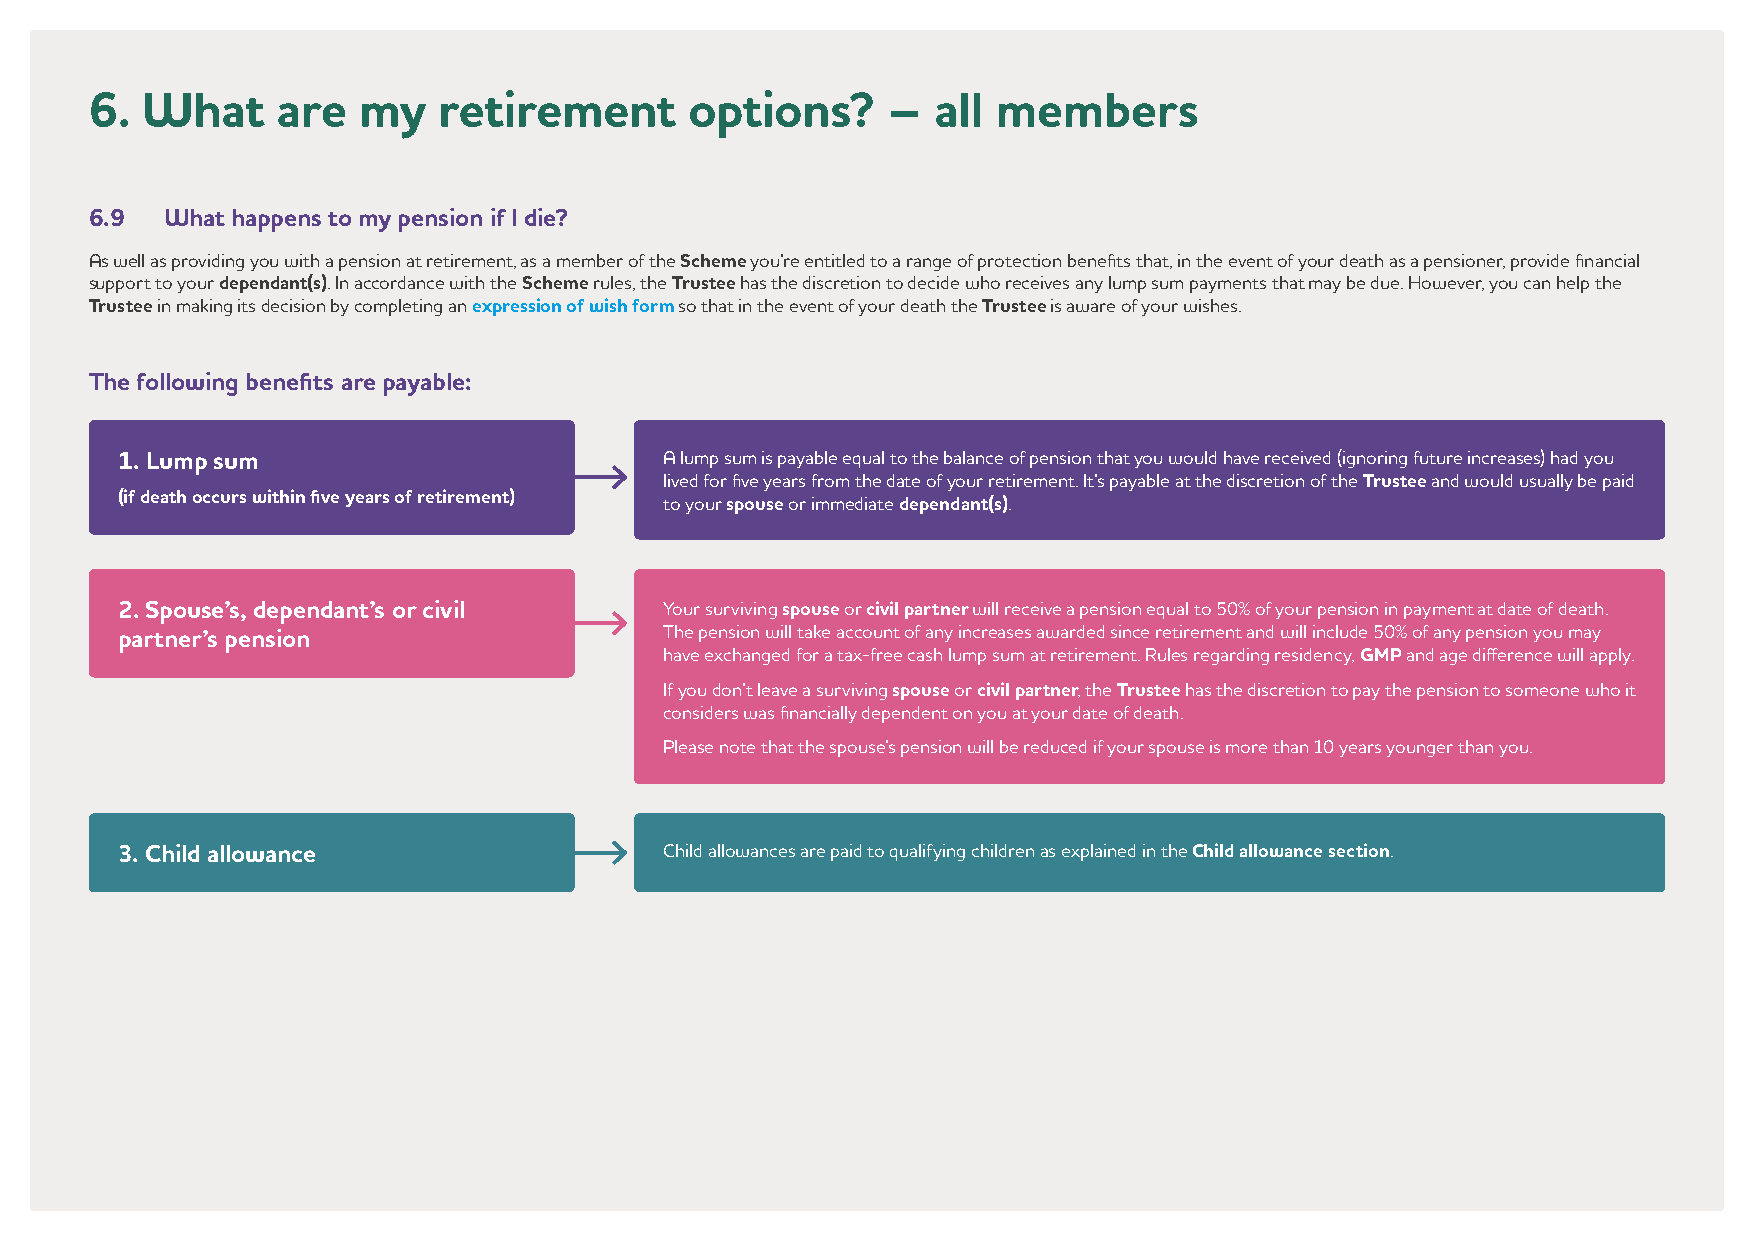
6. What     are   my   retirement       options?     –  all members
 6.9  What happens to my pension if I die?
 As well as providing you with a pension at retirement, as a member of the Scheme you’re entitled to a range of protection benefits that, in the event of your death as a pensioner, provide financial
 support to your dependant(s). In accordance with the Scheme rules, the Trustee has the discretion to decide who receives any lump sum payments that may be due. However, you can help the
 Trustee in making its decision by completing an expression of wish form so that in the event of your death the Trustee is aware of your wishes.
 The following benefits are payable:
 1. Lump sum                         A lump sum is payable equal to the balance of pension that you would have received (ignoring future increases) had you
 lived for five years from the date of your retirement. It’s payable at the discretion of the Trustee and would usually be paid
 (if death occurs within five years of retirement) to your spouse or immediate dependant(s).
 2. Spouse’s, dependant’s or civil   Your surviving spouse or civil partner will receive a pension equal to 50% of your pension in payment at date of death.
 The pension will take account of any increases awarded since retirement and will include 50% of any pension you may
 partner’s pension
 have exchanged for a tax-free cash lump sum at retirement. Rules regarding residency, GMP and age difference will apply.
 If you don’t leave a surviving spouse or civil partner, the Trustee has the discretion to pay the pension to someone who it
 considers was financially dependent on you at your date of death.
 Please note that the spouse’s pension will be reduced if your spouse is more than 10 years younger than you.
 3. Child allowance                  Child allowances are paid to qualifying children as explained in the Child allowance section.